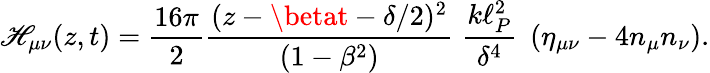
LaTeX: \mathscr{H}_{\mu\nu}(z,t)={\frac{{16\pi}}{{2}}}{\frac{{(z-\betat-\delta/2)^{2}}}{{(1-\beta^{2})}}}\; {\frac{{k\ell_{P}^{2}}}{{\delta^{4}}}}\; \left(\eta_{\mu\nu}-4n_{\mu}n_{\nu}\right).